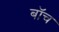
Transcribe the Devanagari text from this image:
बॉच